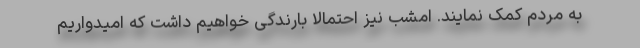
به مردم کمک نمایند. امشب نیز احتمالا بارندگی خواهیم داشت که امیدواریم